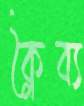
ক্লৈব্য